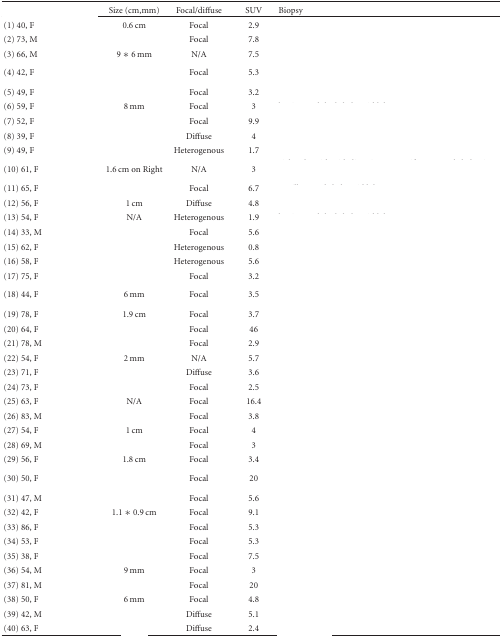
<table><thead><tr><td>[EMPTY_CELL]</td><td><b>Size (cm,mm)</b></td><td><b>Focal/diffuse</b></td><td><b>SUV</b></td><td><b>Biopsy</b></td></tr></thead><tbody><tr><td>(1) 40, F</td><td>0.6 cm</td><td>Focal</td><td>2.9</td><td>[EMPTY_CELL]</td></tr><tr><td>(2) 73, M</td><td>[EMPTY_CELL]</td><td>Focal</td><td>7.8</td><td>[EMPTY_CELL]</td></tr><tr><td>(3) 66, M</td><td>9 ∗ 6 mm</td><td>N/A</td><td>7.5</td><td>[EMPTY_CELL]</td></tr><tr><td>(4) 42, F</td><td>[EMPTY_CELL]</td><td>Focal</td><td>5.3</td><td>[EMPTY_CELL]</td></tr><tr><td>(5) 49, F</td><td>[EMPTY_CELL]</td><td>Focal</td><td>3.2</td><td>[EMPTY_CELL]</td></tr><tr><td>(6) 59, F</td><td>8 mm</td><td>Focal</td><td>3</td><td>[EMPTY_CELL]</td></tr><tr><td>(7) 52, F</td><td>[EMPTY_CELL]</td><td>Focal</td><td>9.9</td><td>[EMPTY_CELL]</td></tr><tr><td>(8) 39, F</td><td>[EMPTY_CELL]</td><td>Diffuse</td><td>4</td><td>[EMPTY_CELL]</td></tr><tr><td>(9) 49, F</td><td>[EMPTY_CELL]</td><td>Heterogenous</td><td>1.7</td><td>[EMPTY_CELL]</td></tr><tr><td>(10) 61, F</td><td>1.6 cm on Right</td><td>N/A</td><td>3</td><td>[EMPTY_CELL]</td></tr><tr><td>(11) 65, F</td><td>[EMPTY_CELL]</td><td>Focal</td><td>6.7</td><td>[EMPTY_CELL]</td></tr><tr><td>(12) 56, F</td><td>1 cm</td><td>Diffuse</td><td>4.8</td><td>[EMPTY_CELL]</td></tr><tr><td>(13) 54, F</td><td>N/A</td><td>Heterogenous</td><td>1.9</td><td>[EMPTY_CELL]</td></tr><tr><td>(14) 33, M</td><td>[EMPTY_CELL]</td><td>Focal</td><td>5.6</td><td>[EMPTY_CELL]</td></tr><tr><td>(15) 62, F</td><td>[EMPTY_CELL]</td><td>Heterogenous</td><td>0.8</td><td>[EMPTY_CELL]</td></tr><tr><td>(16) 58, F</td><td>[EMPTY_CELL]</td><td>Heterogenous</td><td>5.6</td><td>[EMPTY_CELL]</td></tr><tr><td>(17) 75, F</td><td>[EMPTY_CELL]</td><td>Focal</td><td>3.2</td><td>[EMPTY_CELL]</td></tr><tr><td>(18) 44, F</td><td>6 mm</td><td>Focal</td><td>3.5</td><td>[EMPTY_CELL]</td></tr><tr><td>(19) 78, F</td><td>1.9 cm</td><td>Focal</td><td>3.7</td><td>[EMPTY_CELL]</td></tr><tr><td>(20) 64, F</td><td>[EMPTY_CELL]</td><td>Focal</td><td>46</td><td>[EMPTY_CELL]</td></tr><tr><td>(21) 78, M</td><td>[EMPTY_CELL]</td><td>Focal</td><td>2.9</td><td>[EMPTY_CELL]</td></tr><tr><td>(22) 54, F</td><td>2 mm</td><td>N/A</td><td>5.7</td><td>[EMPTY_CELL]</td></tr><tr><td>(23) 71, F</td><td>[EMPTY_CELL]</td><td>Diffuse</td><td>3.6</td><td>[EMPTY_CELL]</td></tr><tr><td>(24) 73, F</td><td>[EMPTY_CELL]</td><td>Focal</td><td>2.5</td><td>[EMPTY_CELL]</td></tr><tr><td>(25) 63, F</td><td>N/A</td><td>Focal</td><td>16.4</td><td>[EMPTY_CELL]</td></tr><tr><td>(26) 83, M</td><td>[EMPTY_CELL]</td><td>Focal</td><td>3.8</td><td>[EMPTY_CELL]</td></tr><tr><td>(27) 54, F</td><td>1 cm</td><td>Focal</td><td>4</td><td>[EMPTY_CELL]</td></tr><tr><td>(28) 69, M</td><td>[EMPTY_CELL]</td><td>Focal</td><td>3</td><td>[EMPTY_CELL]</td></tr><tr><td>(29) 56, F</td><td>1.8 cm</td><td>Focal</td><td>3.4</td><td>[EMPTY_CELL]</td></tr><tr><td>(30) 50, F</td><td>[EMPTY_CELL]</td><td>Focal</td><td>20</td><td>[EMPTY_CELL]</td></tr><tr><td>(31) 47, M</td><td>[EMPTY_CELL]</td><td>Focal</td><td>5.6</td><td>[EMPTY_CELL]</td></tr><tr><td>(32) 42, F</td><td>1.1 ∗ 0.9 cm</td><td>Focal</td><td>9.1</td><td>[EMPTY_CELL]</td></tr><tr><td>(33) 86, F</td><td>[EMPTY_CELL]</td><td>Focal</td><td>5.3</td><td>[EMPTY_CELL]</td></tr><tr><td>(34) 53, F</td><td>[EMPTY_CELL]</td><td>Focal</td><td>5.3</td><td>[EMPTY_CELL]</td></tr><tr><td>(35) 38, F</td><td>[EMPTY_CELL]</td><td>Focal</td><td>7.5</td><td>[EMPTY_CELL]</td></tr><tr><td>(36) 54, M</td><td>9 mm</td><td>Focal</td><td>3</td><td>[EMPTY_CELL]</td></tr><tr><td>(37) 81, M</td><td>[EMPTY_CELL]</td><td>Focal</td><td>20</td><td>[EMPTY_CELL]</td></tr><tr><td>(38) 50, F</td><td>6 mm</td><td>Focal</td><td>4.8</td><td>[EMPTY_CELL]</td></tr><tr><td>(39) 42, M</td><td>[EMPTY_CELL]</td><td>Diffuse</td><td>5.1</td><td>[EMPTY_CELL]</td></tr><tr><td>(40) 63, F</td><td>[EMPTY_CELL]</td><td>Diffuse</td><td>2.4</td><td>[EMPTY_CELL]</td></tr></tbody></table>